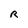
Character: R